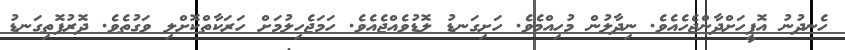
ހެނދުނު އޮފީހަށްދާންޖެހެއެވެ. ނިދާލުން މުހިއްމެވެ. ހަށިގަނޑު ލޮޑުވެއްޖެއެވެ. ހަމަޖެހިލުމަށް ހަރަކާތްކޮށްލި ވަގުތެވެ. ދޮރުފޮތިގަނޑު